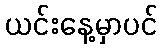
ယင်းနေ့မှာပင်